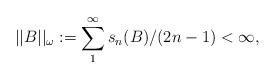
LaTeX: \begin{align*}||B||_{\omega}:=\sum_{1}^{\infty}s_{n}(B)/(2n-1)<\infty,\end{align*}